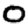
Digit: 0